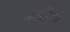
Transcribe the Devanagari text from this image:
जवाहिराचे